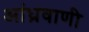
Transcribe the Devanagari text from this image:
आंध्रवाणी